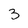
Character: 3